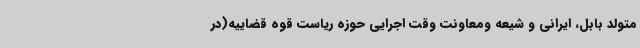
متولد بابل، ایرانی و شیعه ومعاونت وقت اجرایی حوزه ریاست قوه قضاییه(در